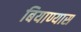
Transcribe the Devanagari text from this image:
बियाण्यास